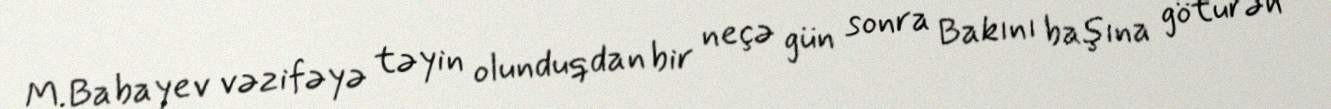
M.Babayev vəzifəyə təyin olunduqdan bir neçə gün sonra Bakını başına götürən